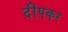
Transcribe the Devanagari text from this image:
दीपकर